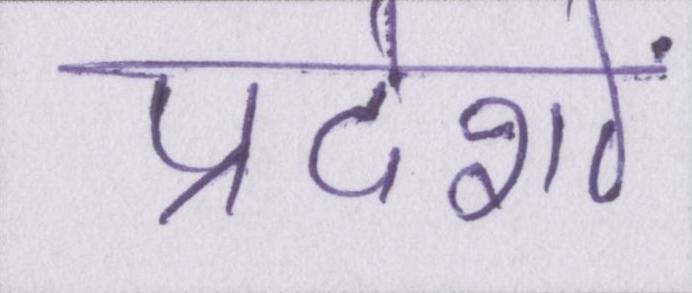
प्रदेशों